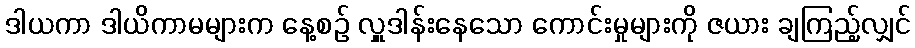
ဒါယကာ ဒါယိကာမများက နေ့စဉ် လှူဒါန်းနေသော ကောင်းမှုများကို ဇယား ချကြည့်လျှင်